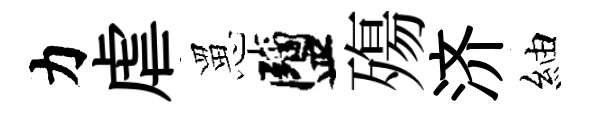
力虐罳鹽殤济紬